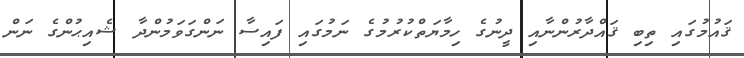
ޤައުމުގައި ތިބި ޤައްދާރުންނާއި ދީނުގެ ހިމާޔަތްކުރުމުގެ ނަމުގައި ފައިސާ ނަންގަވަމުންދާ ޝެއިޙުންގެ ނަން